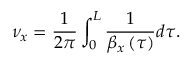
\nu _ { x } = \frac { 1 } { 2 \pi } \int _ { 0 } ^ { L } \frac { 1 } { \beta _ { x } \left( \tau \right) } d \tau .